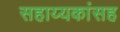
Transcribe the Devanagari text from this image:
सहाय्यकांसह